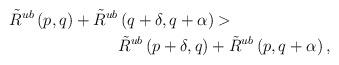
LaTeX: \begin{align*}\begin{aligned}\tilde{R}^{ub} \left(p,q\right)+\tilde{R}^{ub} &\left(q+\delta,q+\alpha\right) > \\&\tilde{R}^{ub} \left(p+\delta,q\right)+\tilde{R}^{ub} \left(p,q+\alpha\right),\end{aligned}\end{align*}